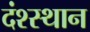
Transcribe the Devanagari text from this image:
दंश्स्थान